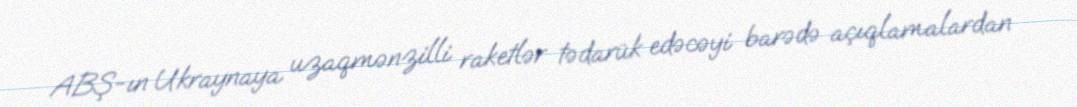
ABŞ-ın Ukraynaya uzaqmənzilli raketlər tədarük edəcəyi barədə açıqlamalardan